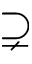
\supsetneq